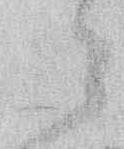
々